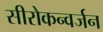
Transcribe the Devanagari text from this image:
सीरोकन्वर्जन